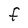
Character: F